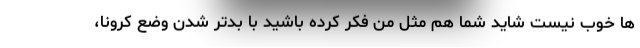
ها خوب نیست شاید شما هم مثل من فکر کرده باشید با بدتر شدن وضع کرونا،